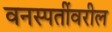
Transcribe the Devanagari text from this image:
वनस्पतींवरील